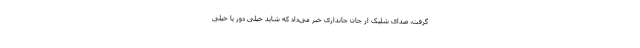
گرفت، صدای شلیک از جان جانداری خبر می‌داد که شاید خیلی دور یا خیلی